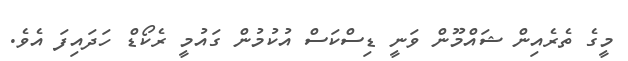
މީގެ ތެރެއިން ޝައްމޫން ވަނީ ޑިސްކަސް އުކުމުން ގައުމީ ރެކޯޑް ހަދައިފަ އެވެ.